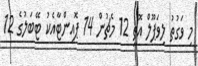
މި ވަގުތު ލިވަޕޫލް އޮތީ 12 މެޗުން 14 ޕޮއިންޓާއެކު ޓޭބަލުގެ 12